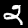
Digit: 2